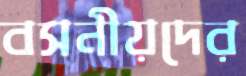
বসনীয়দের